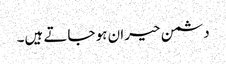
دشمن حیران ہو جاتے ہیں۔